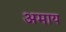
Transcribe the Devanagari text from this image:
अमाय